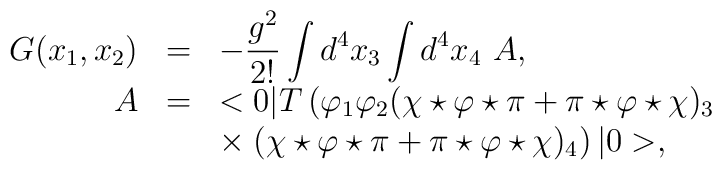
\begin{array}{rcl}G(x_1,x_2)&=&\displaystyle -\frac{g^2}{2!}\int d^4x_3\int d^4x_4~A,\\A&=&\displaystyle <0|T\left(\varphi_1\varphi_2(\chi\star\varphi\star\pi+\pi\star\varphi\star\chi)_3 \right.\\&&\displaystyle\times\left.(\chi\star\varphi\star\pi+\pi\star\varphi\star\chi)_4 \right)|0>, \end{array}